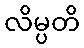
လိမ္ပတိ